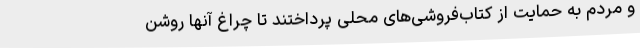
و مردم به حمایت از کتاب‌فروشی‌های محلی پرداختند تا چراغ آنها روشن